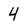
Character: 4